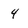
Character: 4